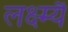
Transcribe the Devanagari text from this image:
लक्ष्म्यै